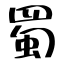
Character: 蜀